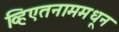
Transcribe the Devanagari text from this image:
व्हिएतनाममधून